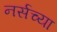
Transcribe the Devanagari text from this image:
नर्सच्या